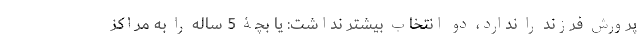
پرورش فرزند را ندارد، دو انتخاب بیشتر نداشت: یا بچۀ 5 ساله را به مراکز